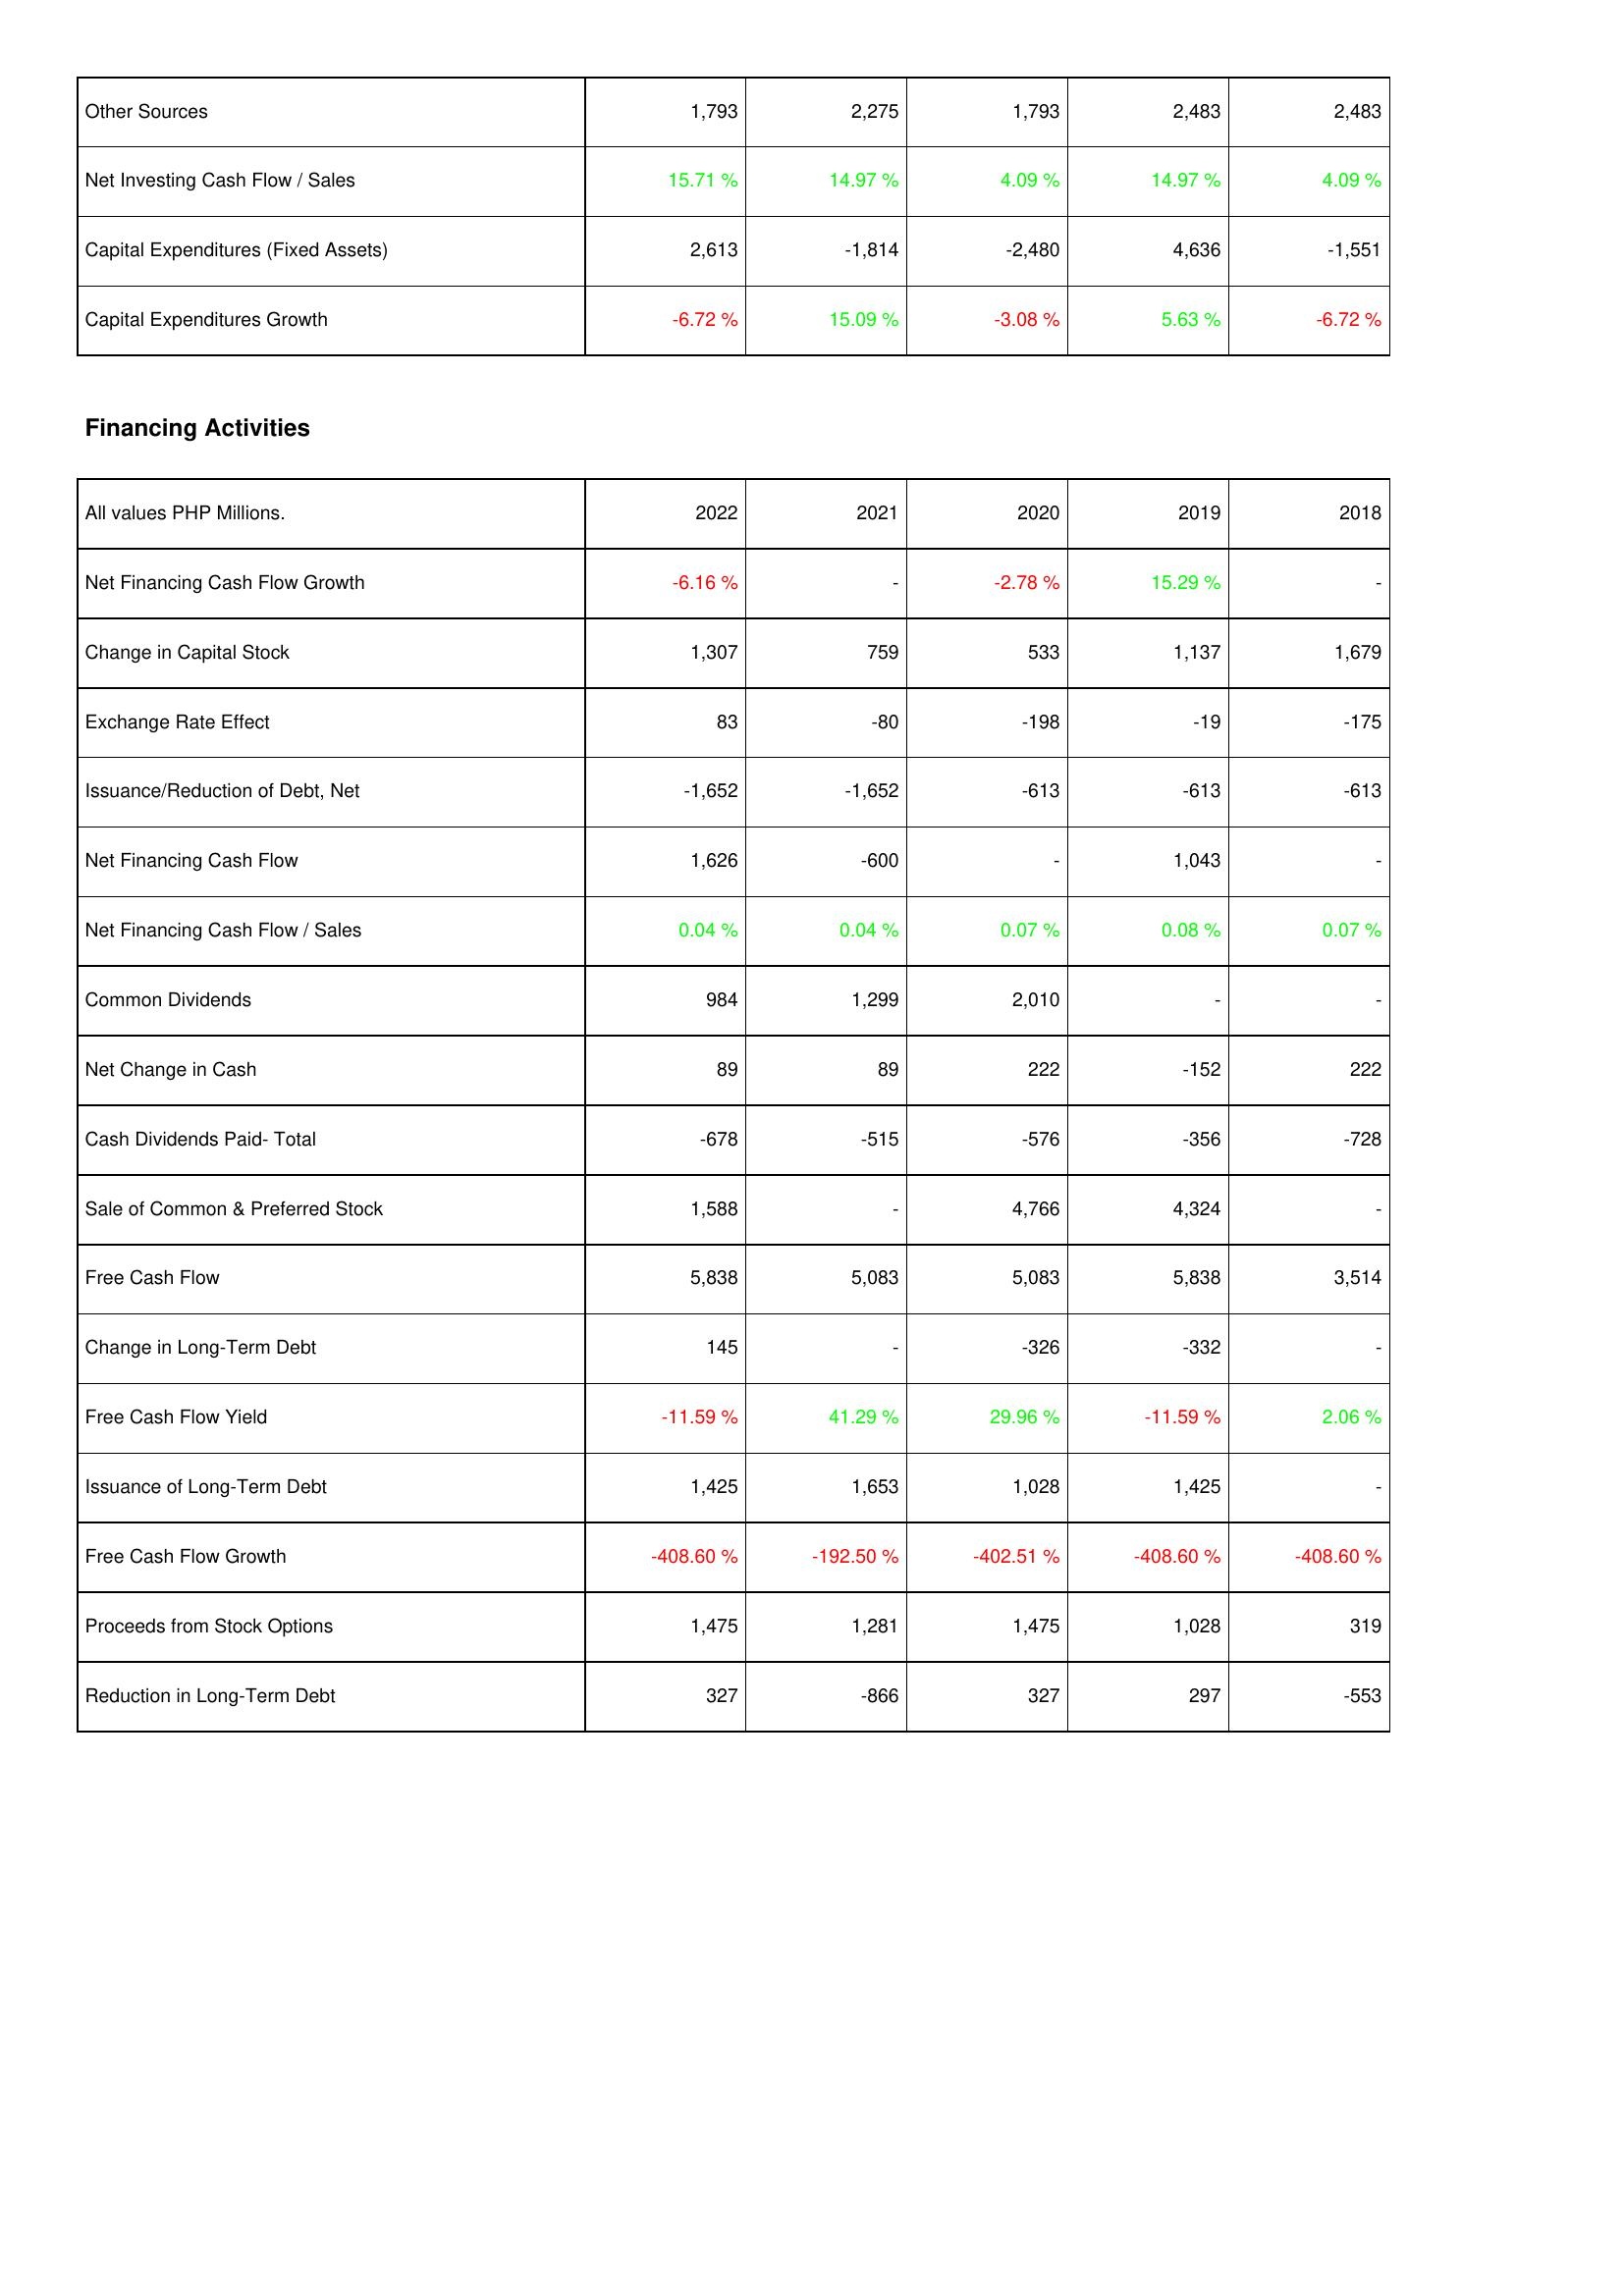
2022: Investing Activities: Other Sources: 1,793
Net Investing Cash Flow / Sales: 15.71 %
Capital Expenditures (Fixed Assets): 2,613
Capital Expenditures Growth: -6.72 %
Financing Activities: Net Financing Cash Flow Growth: -6.16 %
Change in Capital Stock: 1,307
Exchange Rate Effect: 83
Issuance/Reduction of Debt, Net: -1,652
Net Financing Cash Flow: 1,626
Net Financing Cash Flow / Sales: 0.04 %
Common Dividends: 984
Net Change in Cash: 89
Cash Dividends Paid- Total: -678
Sale of Common & Preferred Stock: 1,588
Free Cash Flow: 5,838
Change in Long-Term Debt: 145
Free Cash Flow Yield: -11.59 %
Issuance of Long-Term Debt: 1,425
Free Cash Flow Growth: -408.60 %
Proceeds from Stock Options: 1,475
Reduction in Long-Term Debt: 327
2021: Investing Activities: Other Sources: 2,275
Net Investing Cash Flow / Sales: 14.97 %
Capital Expenditures (Fixed Assets): -1,814
Capital Expenditures Growth: 15.09 %
Financing Activities: Net Financing Cash Flow Growth: -
Change in Capital Stock: 759
Exchange Rate Effect: -80
Issuance/Reduction of Debt, Net: -1,652
Net Financing Cash Flow: -600
Net Financing Cash Flow / Sales: 0.04 %
Common Dividends: 1,299
Net Change in Cash: 89
Cash Dividends Paid- Total: -515
Sale of Common & Preferred Stock: -
Free Cash Flow: 5,083
Change in Long-Term Debt: -
Free Cash Flow Yield: 41.29 %
Issuance of Long-Term Debt: 1,653
Free Cash Flow Growth: -192.50 %
Proceeds from Stock Options: 1,281
Reduction in Long-Term Debt: -866
2020: Investing Activities: Other Sources: 1,793
Net Investing Cash Flow / Sales: 4.09 %
Capital Expenditures (Fixed Assets): -2,480
Capital Expenditures Growth: -3.08 %
Financing Activities: Net Financing Cash Flow Growth: -2.78 %
Change in Capital Stock: 533
Exchange Rate Effect: -198
Issuance/Reduction of Debt, Net: -613
Net Financing Cash Flow: -
Net Financing Cash Flow / Sales: 0.07 %
Common Dividends: 2,010
Net Change in Cash: 222
Cash Dividends Paid- Total: -576
Sale of Common & Preferred Stock: 4,766
Free Cash Flow: 5,083
Change in Long-Term Debt: -326
Free Cash Flow Yield: 29.96 %
Issuance of Long-Term Debt: 1,028
Free Cash Flow Growth: -402.51 %
Proceeds from Stock Options: 1,475
Reduction in Long-Term Debt: 327
2019: Investing Activities: Other Sources: 2,483
Net Investing Cash Flow / Sales: 14.97 %
Capital Expenditures (Fixed Assets): 4,636
Capital Expenditures Growth: 5.63 %
Financing Activities: Net Financing Cash Flow Growth: 15.29 %
Change in Capital Stock: 1,137
Exchange Rate Effect: -19
Issuance/Reduction of Debt, Net: -613
Net Financing Cash Flow: 1,043
Net Financing Cash Flow / Sales: 0.08 %
Common Dividends: -
Net Change in Cash: -152
Cash Dividends Paid- Total: -356
Sale of Common & Preferred Stock: 4,324
Free Cash Flow: 5,838
Change in Long-Term Debt: -332
Free Cash Flow Yield: -11.59 %
Issuance of Long-Term Debt: 1,425
Free Cash Flow Growth: -408.60 %
Proceeds from Stock Options: 1,028
Reduction in Long-Term Debt: 297
2018: Investing Activities: Other Sources: 2,483
Net Investing Cash Flow / Sales: 4.09 %
Capital Expenditures (Fixed Assets): -1,551
Capital Expenditures Growth: -6.72 %
Financing Activities: Net Financing Cash Flow Growth: -
Change in Capital Stock: 1,679
Exchange Rate Effect: -175
Issuance/Reduction of Debt, Net: -613
Net Financing Cash Flow: -
Net Financing Cash Flow / Sales: 0.07 %
Common Dividends: -
Net Change in Cash: 222
Cash Dividends Paid- Total: -728
Sale of Common & Preferred Stock: -
Free Cash Flow: 3,514
Change in Long-Term Debt: -
Free Cash Flow Yield: 2.06 %
Issuance of Long-Term Debt: -
Free Cash Flow Growth: -408.60 %
Proceeds from Stock Options: 319
Reduction in Long-Term Debt: -553